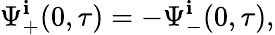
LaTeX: \Psi_{+}^{\mathbf{i}}(0,\tau)=-\Psi_{-}^{\mathbf{i}}(0,\tau),